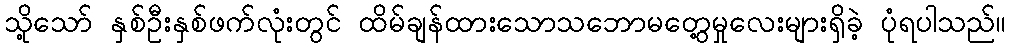
သို့သော် နှစ်ဦးနှစ်ဖက်လုံးတွင် ထိမ်ချန်ထားသောသဘောမတွေ့မှုလေးများရှိခဲ့ ပုံရပါသည်။